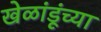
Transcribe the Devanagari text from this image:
खेळांडूंच्या